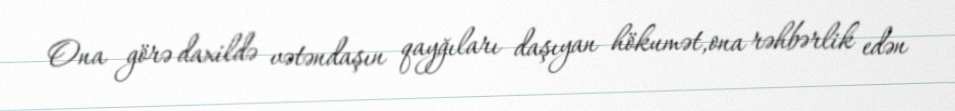
Ona görə daxildə vətəndaşın qayğıları daşıyan hökumət,ona rəhbərlik edən